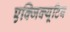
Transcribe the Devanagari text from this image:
एक्‍जिक्‍यूटिव